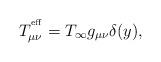
LaTeX: \begin{align*}T^{^{\rm eff}}_{\mu\nu} = T_\infty g_{\mu\nu} \delta(y),\end{align*}